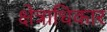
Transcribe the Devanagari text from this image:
क्ष्‍ोत्राधिकार